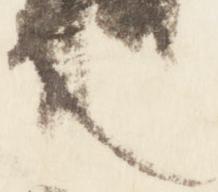
也